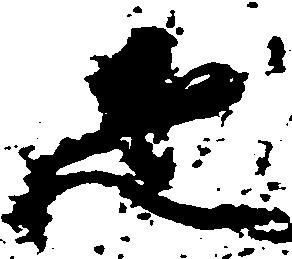
疋